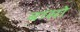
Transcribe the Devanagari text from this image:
बांसो